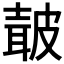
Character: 𭽯